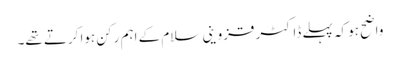
واضح ہو کہ پہلے ڈاکٹر قزوینی سلام کے اہم رکن ہوا کرتے تھے۔